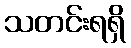
သတင်းရရှိ